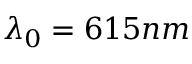
\lambda _ { 0 } = 6 1 5 n m